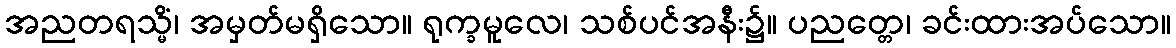
အညတရသ္မိံ၊ အမှတ်မရှိသော။ ရုက္ခမူလေ၊ သစ်ပင်အနီး၌။ ပညတ္တေ၊ ခင်းထားအပ်သော။